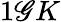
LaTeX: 1\mathscr{G}K